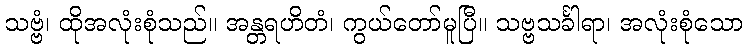
သဗ္ဗံ၊ ထိုအလုံးစုံသည်။ အန္တရဟိတံ၊ ကွယ်တော်မူပြီ။ သဗ္ဗသင်္ခါရာ၊ အလုံးစုံသော